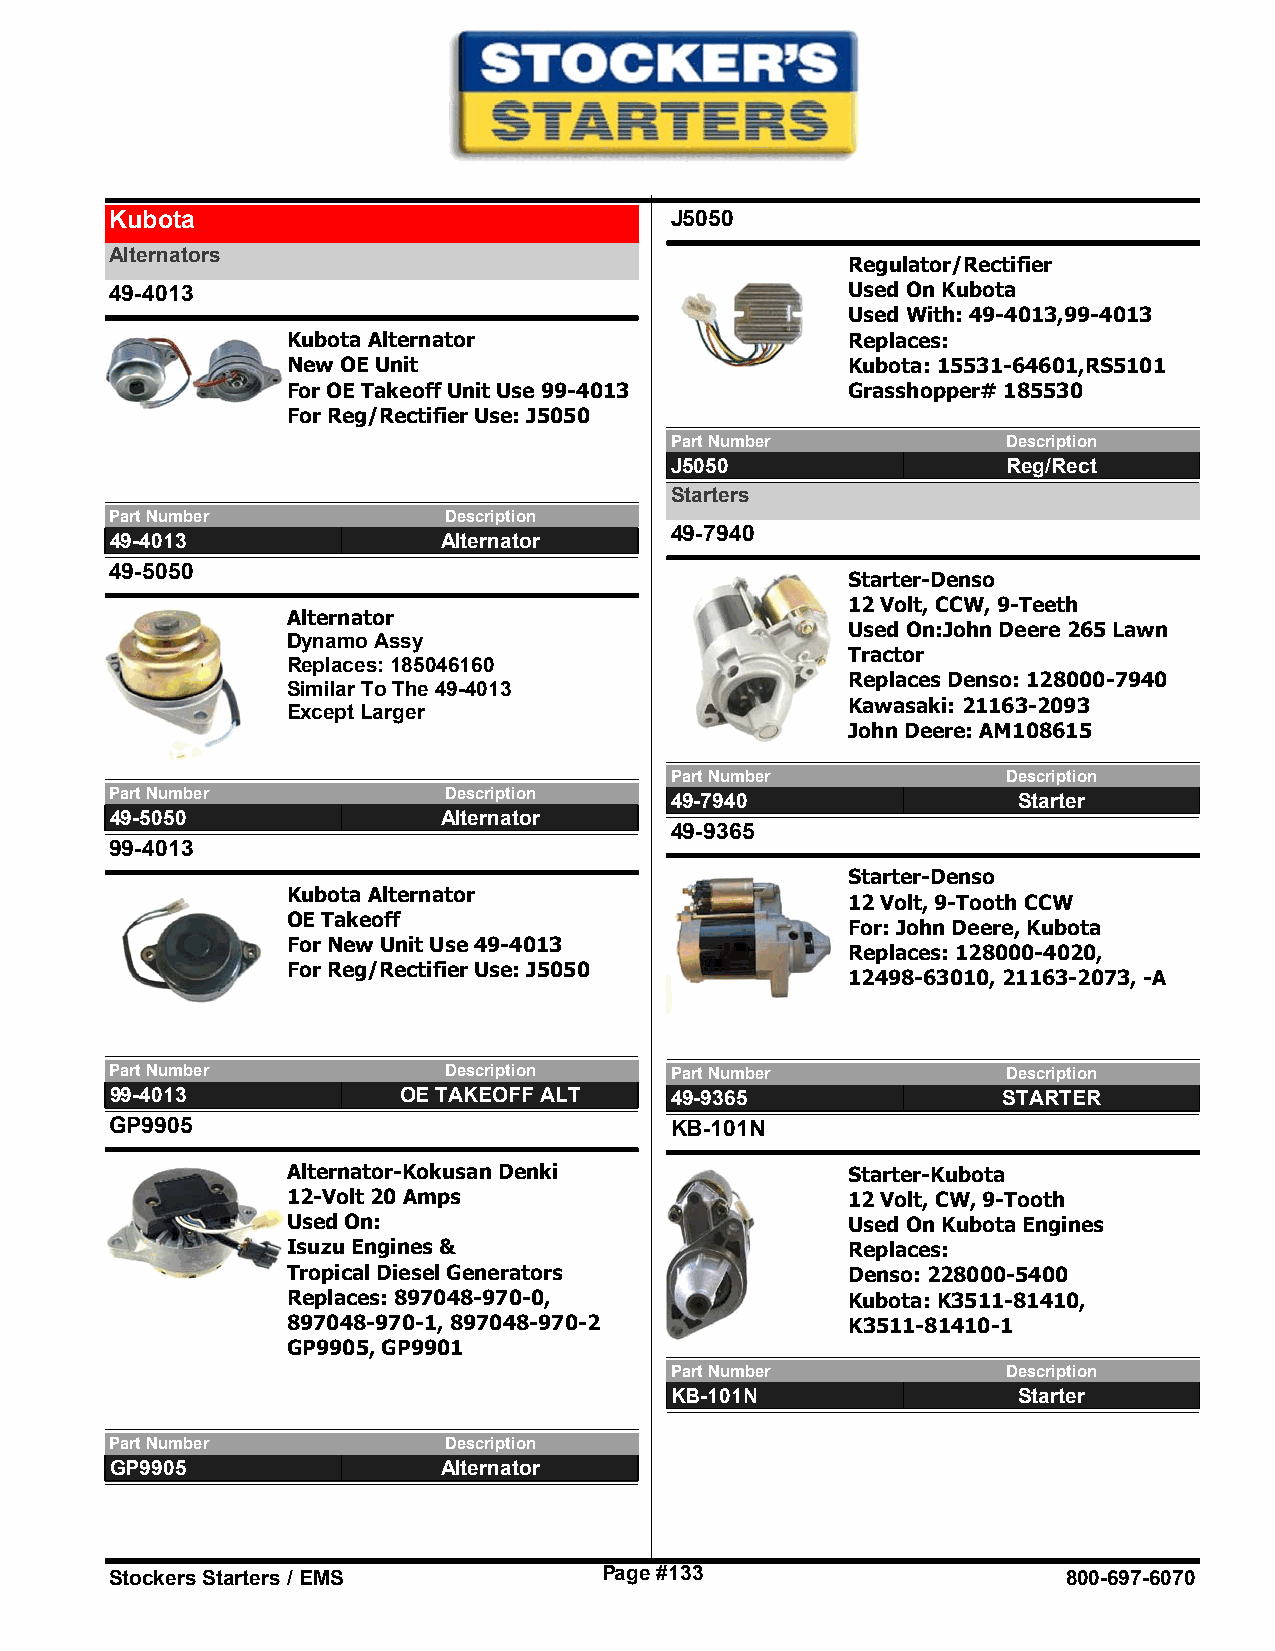
Kubota                               J5050
 Alternators
 Regulator/Rectifier
 49-4013                                          Used On Kubota
 Used With: 49-4013,99-4013
 Kubota Alternator                    Replaces:
 New OE Unit                          Kubota: 15531-64601,RS5101
 For OE Takeoff Unit Use 99-4013      Grasshopper# 185530
 For Reg/Rectifier Use: J5050
 Part Number            Description
 J5050                  Reg/Rect
 Starters
 Part Number           Description
 49-7940
 49-4013               Alternator
 49-5050
 Starter-Denso
 12 Volt, CCW, 9-Teeth
 Alternator
 Used On:John Deere 265 Lawn
 Dynamo Assy
 Tractor
 Replaces: 185046160
 Replaces Denso: 128000-7940
 Similar To The 49-4013
 Kawasaki: 21163-2093
 Except Larger
 John Deere: AM108615
 Part Number            Description
 Part Number           Description    49-7940                Starter
 49-5050               Alternator
 49-9365
 99-4013
 Starter-Denso
 Kubota Alternator
 12 Volt, 9-Tooth CCW
 OE Takeoff
 For: John Deere, Kubota
 For New Unit Use 49-4013
 Replaces: 128000-4020,
 For Reg/Rectifier Use: J5050
 12498-63010, 21163-2073, -A
 Part Number           Description    Part Number            Description
 99-4013            OE TAKEOFF ALT    49-9365               STARTER
 GP9905                               KB-101N
 Alternator-Kokusan Denki             Starter-Kubota
 12-Volt 20 Amps                      12 Volt, CW, 9-Tooth
 Used On:                             Used On Kubota Engines
 Isuzu Engines &                      Replaces:
 Tropical Diesel Generators           Denso: 228000-5400
 Replaces: 897048-970-0,              Kubota: K3511-81410,
 897048-970-1, 897048-970-2           K3511-81410-1
 GP9905, GP9901
 Part Number            Description
 KB-101N                Starter
 Part Number           Description
 GP9905                Alternator
 Stockers Starters / EMS          Page #133                      800-697-6070